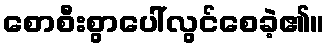
စောစီးစွာပေါ်လွင်စေခဲ့၏။